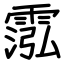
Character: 霐